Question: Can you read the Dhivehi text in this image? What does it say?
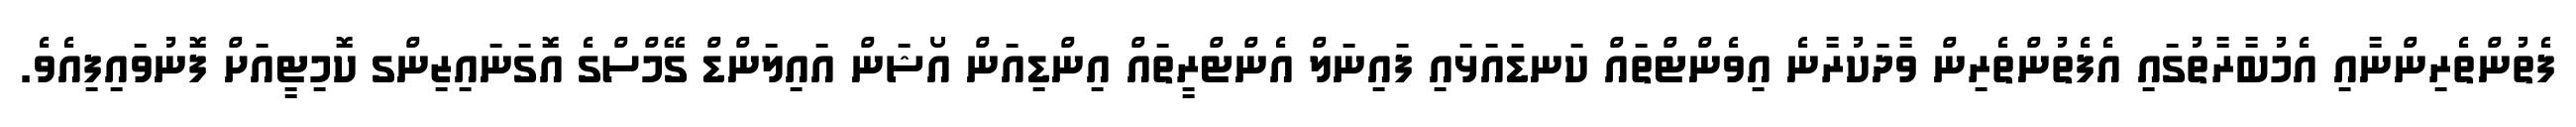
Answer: ފެތުންތެރިންނާއި އެމުބާރާތުގައި އެފެތުންތެރިން ވާދަކުރާނެ އިވެންޓްތައް ކަނޑައަޅައި ފައިނަލް އެންޓްރީތައް އިންޑިއަން އޯޝަން އައިލަންޑް ގޭމްސްގެ އޮގަނައިޒިންގ ކޮމިޓީއަށް ފޮނުވައިފިއެވެ.